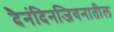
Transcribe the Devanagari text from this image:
दैनंदिनजिवनातील